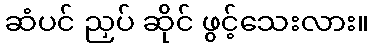
ဆံပင် ညှပ် ဆိုင် ဖွင့်သေးလား။